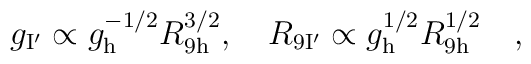
g_{\rm I^{\prime}} \propto g^{-1/2}_{\rm h} R_{\rm 9h}^{3/2} , \quad R_{\rm 9I^{\prime}} \propto g^{1/2}_{\rm h} R_{\rm 9 h}^{1/2} \quad ,